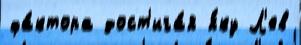
фа́ктора дост'ига́я я́ку Л'ев